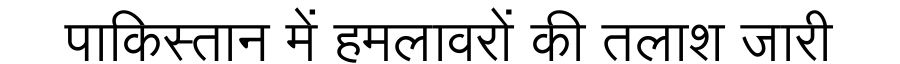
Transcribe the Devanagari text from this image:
पाकिस्तान में हमलावरों की तलाश जारी